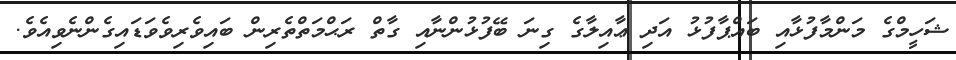
ޝަހީމްގެ މަންމާފުޅާއި ބައްޕާފުޅު އަދި ޢާއިލާގެ ގިނަ ބޭފުޅުންނާއި ގާތް ރަޙްމަތްތެރިން ބައިވެރިވެވަޑައިގެންނެވިއެވެ.